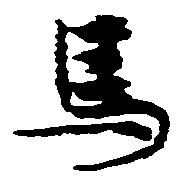
馬